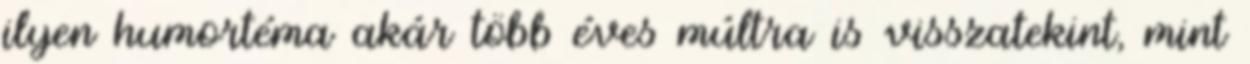
ilyen humortéma akár több éves múltra is visszatekint, mint